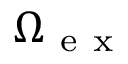
\Omega _ { \mathrm { ~ e ~ x ~ } }